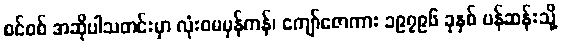
စင်စစ် အဆိုပါသတင်းမှာ လုံးဝမမှန်ကန်၊ ကျော်ဇောကား ၁၉၇၉၆ ခုနှစ် ပန်ဆန်းသို့